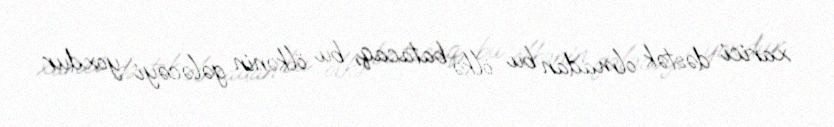
xarici dəstək olmadan bu ölkə batacaq, bu ölkənin gələcəyi yoxdur.